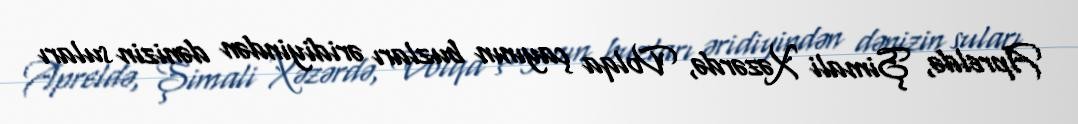
Apreldə, Şimali Xəzərdə, Volqa çayının buzları əridiyindən dənizin suları